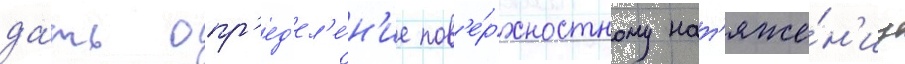
да́ть опр'ед'ел'е́н'ие пов'е́рхностному нат'яже́н'иу